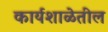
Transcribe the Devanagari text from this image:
कार्यशाळेतील